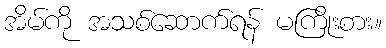
အိမ်ကို အသစ်ဆောက်ရန် မကြိုးစား။